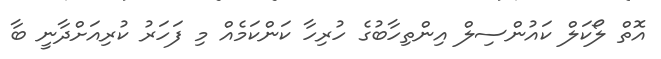
އޮތް ލޯކަލް ކައުންސިލް އިންތިހާބުގެ ހުރިހާ ކަންކަމެއް މި ފަހަރު ކުރިއަށްދާނީ ބާ